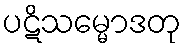
ပဋိသမ္မောဒတု